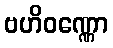
ဗဟိဝဏ္ဏော